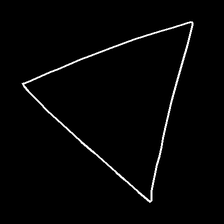
Glyph: convergence